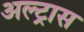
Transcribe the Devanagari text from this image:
अल्ट्रास